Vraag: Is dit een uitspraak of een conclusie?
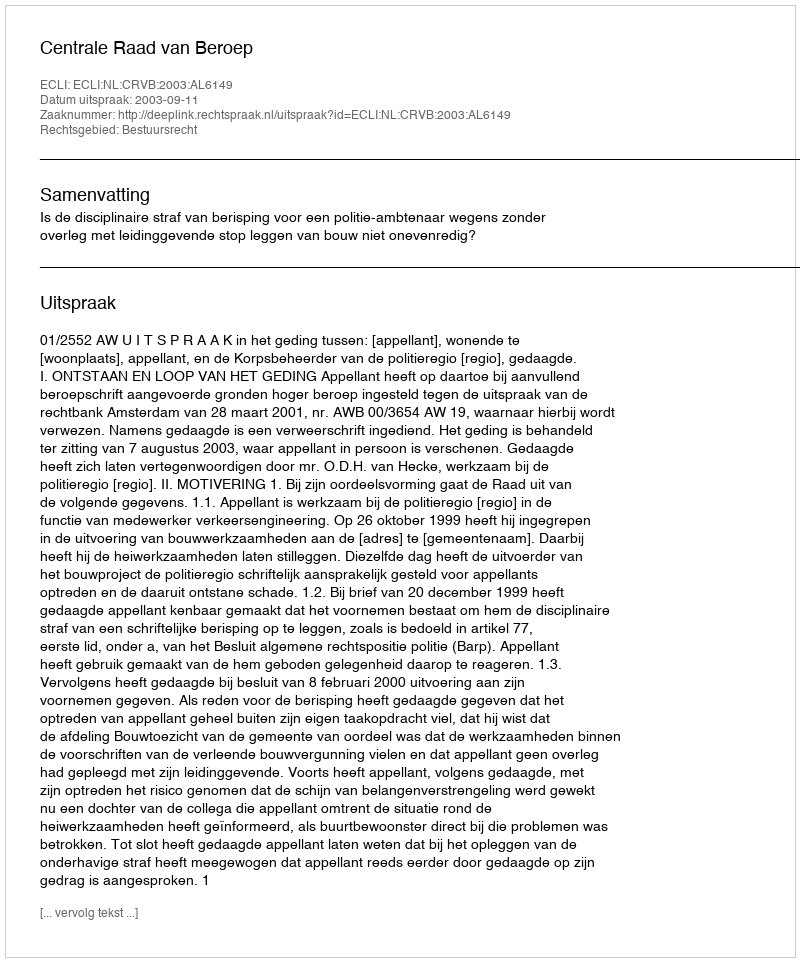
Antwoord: Uitspraak